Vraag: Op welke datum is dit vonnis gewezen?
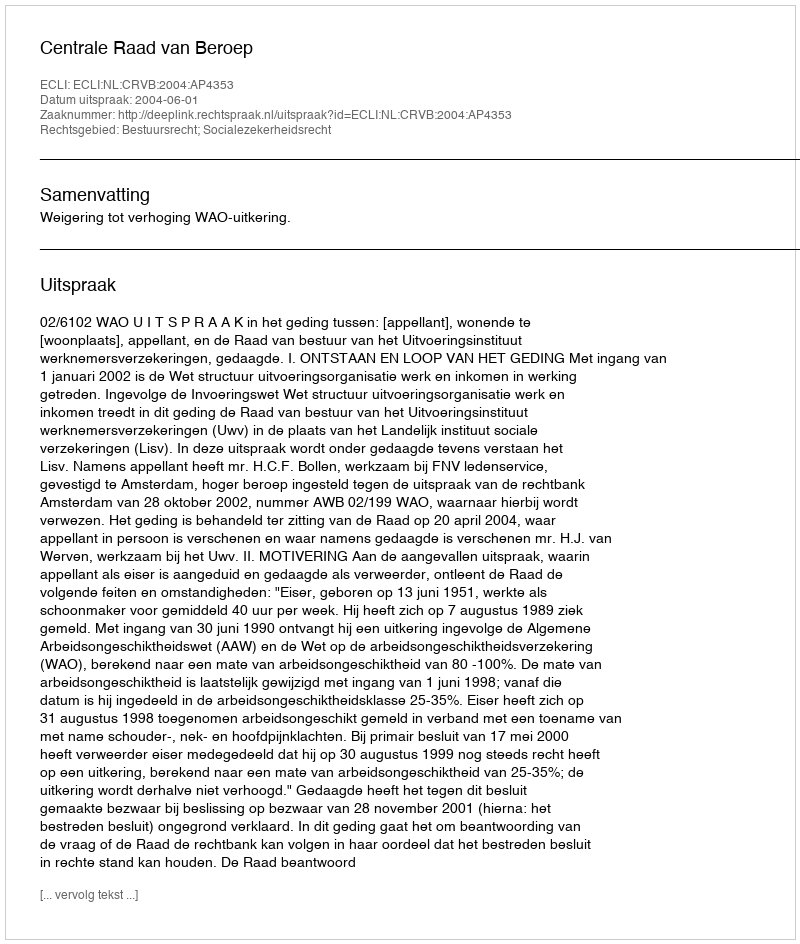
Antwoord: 2004-06-01